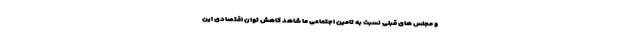
و مجلس های قبلی نسبت به تامین اجتماعی ما شاهد کاهش توان اقتصادی این